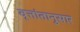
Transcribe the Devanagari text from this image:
वृत्तांतानुसार